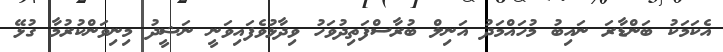
އެކަމަކު ބަންޑާރަ ނައިބު މުހައްމަދު އަނިލް ބުރާސްފަތިދުވަހު ވިދާޅުވެފައިވަނީ ނަޝީދު މިނިވަންކުރުމާ ގުޅޭ